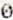
0